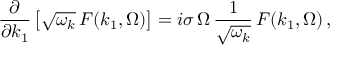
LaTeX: \frac { \partial } { \partial k _ { 1 } } \left[ \sqrt { \omega _ { k } } \, F ( k _ { 1 } , \Omega ) \right] = i \sigma \, \Omega \, \frac { 1 } { \sqrt { \omega _ { k } } } \, F ( k _ { 1 } , \Omega ) \, ,